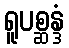
ရူပစ္ဆန္ဒံ